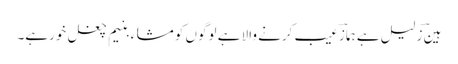
ہینؔ زلیل ہے ہمازؔ عیب کرنے والا ہے لوگوں کو مشاء بنیم چغل خورہے۔